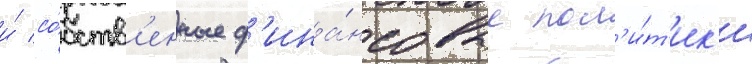
и́ со́бств'енные ф'ина́нсовые пол'и́т'ик'и